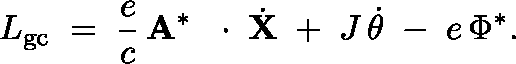
L _ { \mathrm { g c } } \; = \; \frac { e } { c } \, { \bf A } ^ { * } \, \mathrm { ~ \boldmath ~ \cdot ~ } \, \dot { \bf X } \; + \; J \, \dot { \theta } \; - \; e \, \Phi ^ { * } .